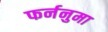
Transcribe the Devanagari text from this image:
फर्ननुमा